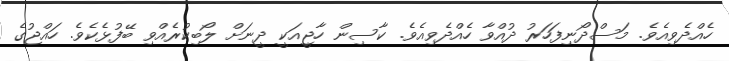
ހެއްދެވިއެވެ. މަސްދޯނިފަހަރު ދުއްވާ ހެއްދެވިއެވެ. ކާސިން ހާޖީއަކީ ދީނަށް ލޯބިކުރެއްވި ބޭފުޅެކެވެ. ހައްޖުގެ